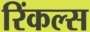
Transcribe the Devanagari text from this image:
रिंकल्स